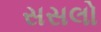
સસલો